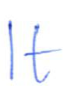
Text: It
Cross-out: clean
Writing tool: ballpoint